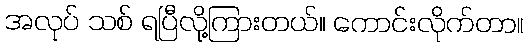
အလုပ် သစ် ရပြီလို့ကြားတယ်။ ကောင်းလိုက်တာ။